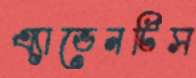
এ্যাভেনটিস